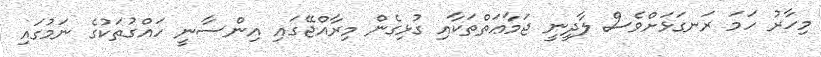
މިހާރު ހަމަ ރަނގަޅަށްވެސް ލާދީނީ ޖަމާޢަތްތަކާއި ގުޅިގެން މިރާއްޖޭގައި އިންސާނީ ހައްގުތަކުގެ ނަމުގައި